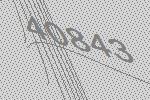
40843